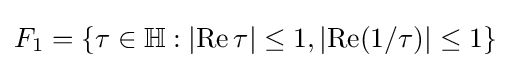
F_{1}=\{\tau \in \mathbb {H} :\left|\operatorname {Re} \tau \right|\leq 1,\left|\operatorname {Re} (1/\tau )\right|\leq 1\}